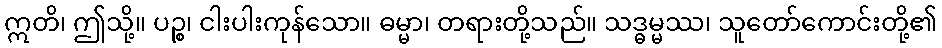
ဣတိ၊ ဤသို့။ ပဉ္စ၊ ငါးပါးကုန်သော။ ဓမ္မာ၊ တရားတို့သည်။ သဒ္ဓမ္မဿ၊ သူတော်ကောင်းတို့၏